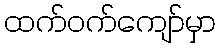
ထက်ဝက်ကျော်မှာ